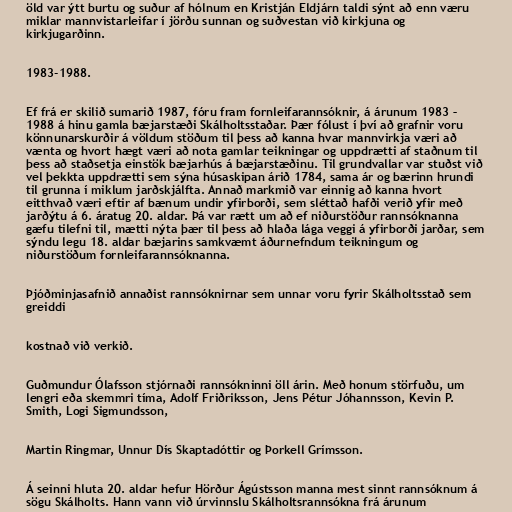
öld var ýtt burtu og suður af hólnum en Kristján Eldjárn taldi sýnt að enn væru
miklar mannvistarleifar í jörðu sunnan og suðvestan við kirkjuna og
kirkjugarðinn.

1983-1988.

Ef frá er skilið sumarið 1987, fóru fram fornleifarannsóknir, á árunum 1983 –
1988 á hinu gamla bæjarstæði Skálholtsstaðar. Þær fólust í því að grafnir voru
könnunarskurðir á völdum stöðum til þess að kanna hvar mannvirkja væri að
vænta og hvort hægt væri að nota gamlar teikningar og uppdrætti af staðnum til
þess að staðsetja einstök bæjarhús á bæjarstæðinu. Til grundvallar var stuðst við
vel þekkta uppdrætti sem sýna húsaskipan árið 1784, sama ár og bærinn hrundi
til grunna í miklum jarðskjálfta. Annað markmið var einnig að kanna hvort
eitthvað væri eftir af bænum undir yfirborði, sem sléttað hafði verið yfir með
jarðýtu á 6. áratug 20. aldar. Þá var rætt um að ef niðurstöður rannsóknanna
gæfu tilefni til, mætti nýta þær til þess að hlaða lága veggi á yfirborði jarðar, sem
sýndu legu 18. aldar bæjarins samkvæmt áðurnefndum teikningum og
niðurstöðum fornleifarannsóknanna.

Þjóðminjasafnið annaðist rannsóknirnar sem unnar voru fyrir Skálholtsstað sem
greiddi

kostnað við verkið.

Guðmundur Ólafsson stjórnaði rannsókninni öll árin. Með honum störfuðu, um
lengri eða skemmri tíma, Adolf Friðriksson, Jens Pétur Jóhannsson, Kevin P.
Smith, Logi Sigmundsson,

Martin Ringmar, Unnur Dís Skaptadóttir og Þorkell Grímsson.

Á seinni hluta 20. aldar hefur Hörður Ágústsson manna mest sinnt rannsóknum á
sögu Skálholts. Hann vann við úrvinnslu Skálholtsrannsókna frá árunum